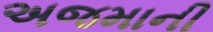
અજમાની